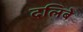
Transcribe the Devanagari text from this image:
दलिबे